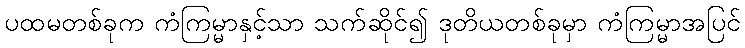
ပထမတစ်ခုက ကံကြမ္မာနှင့်သာ သက်ဆိုင်၍ ဒုတိယတစ်ခုမှာ ကံကြမ္မာအပြင်